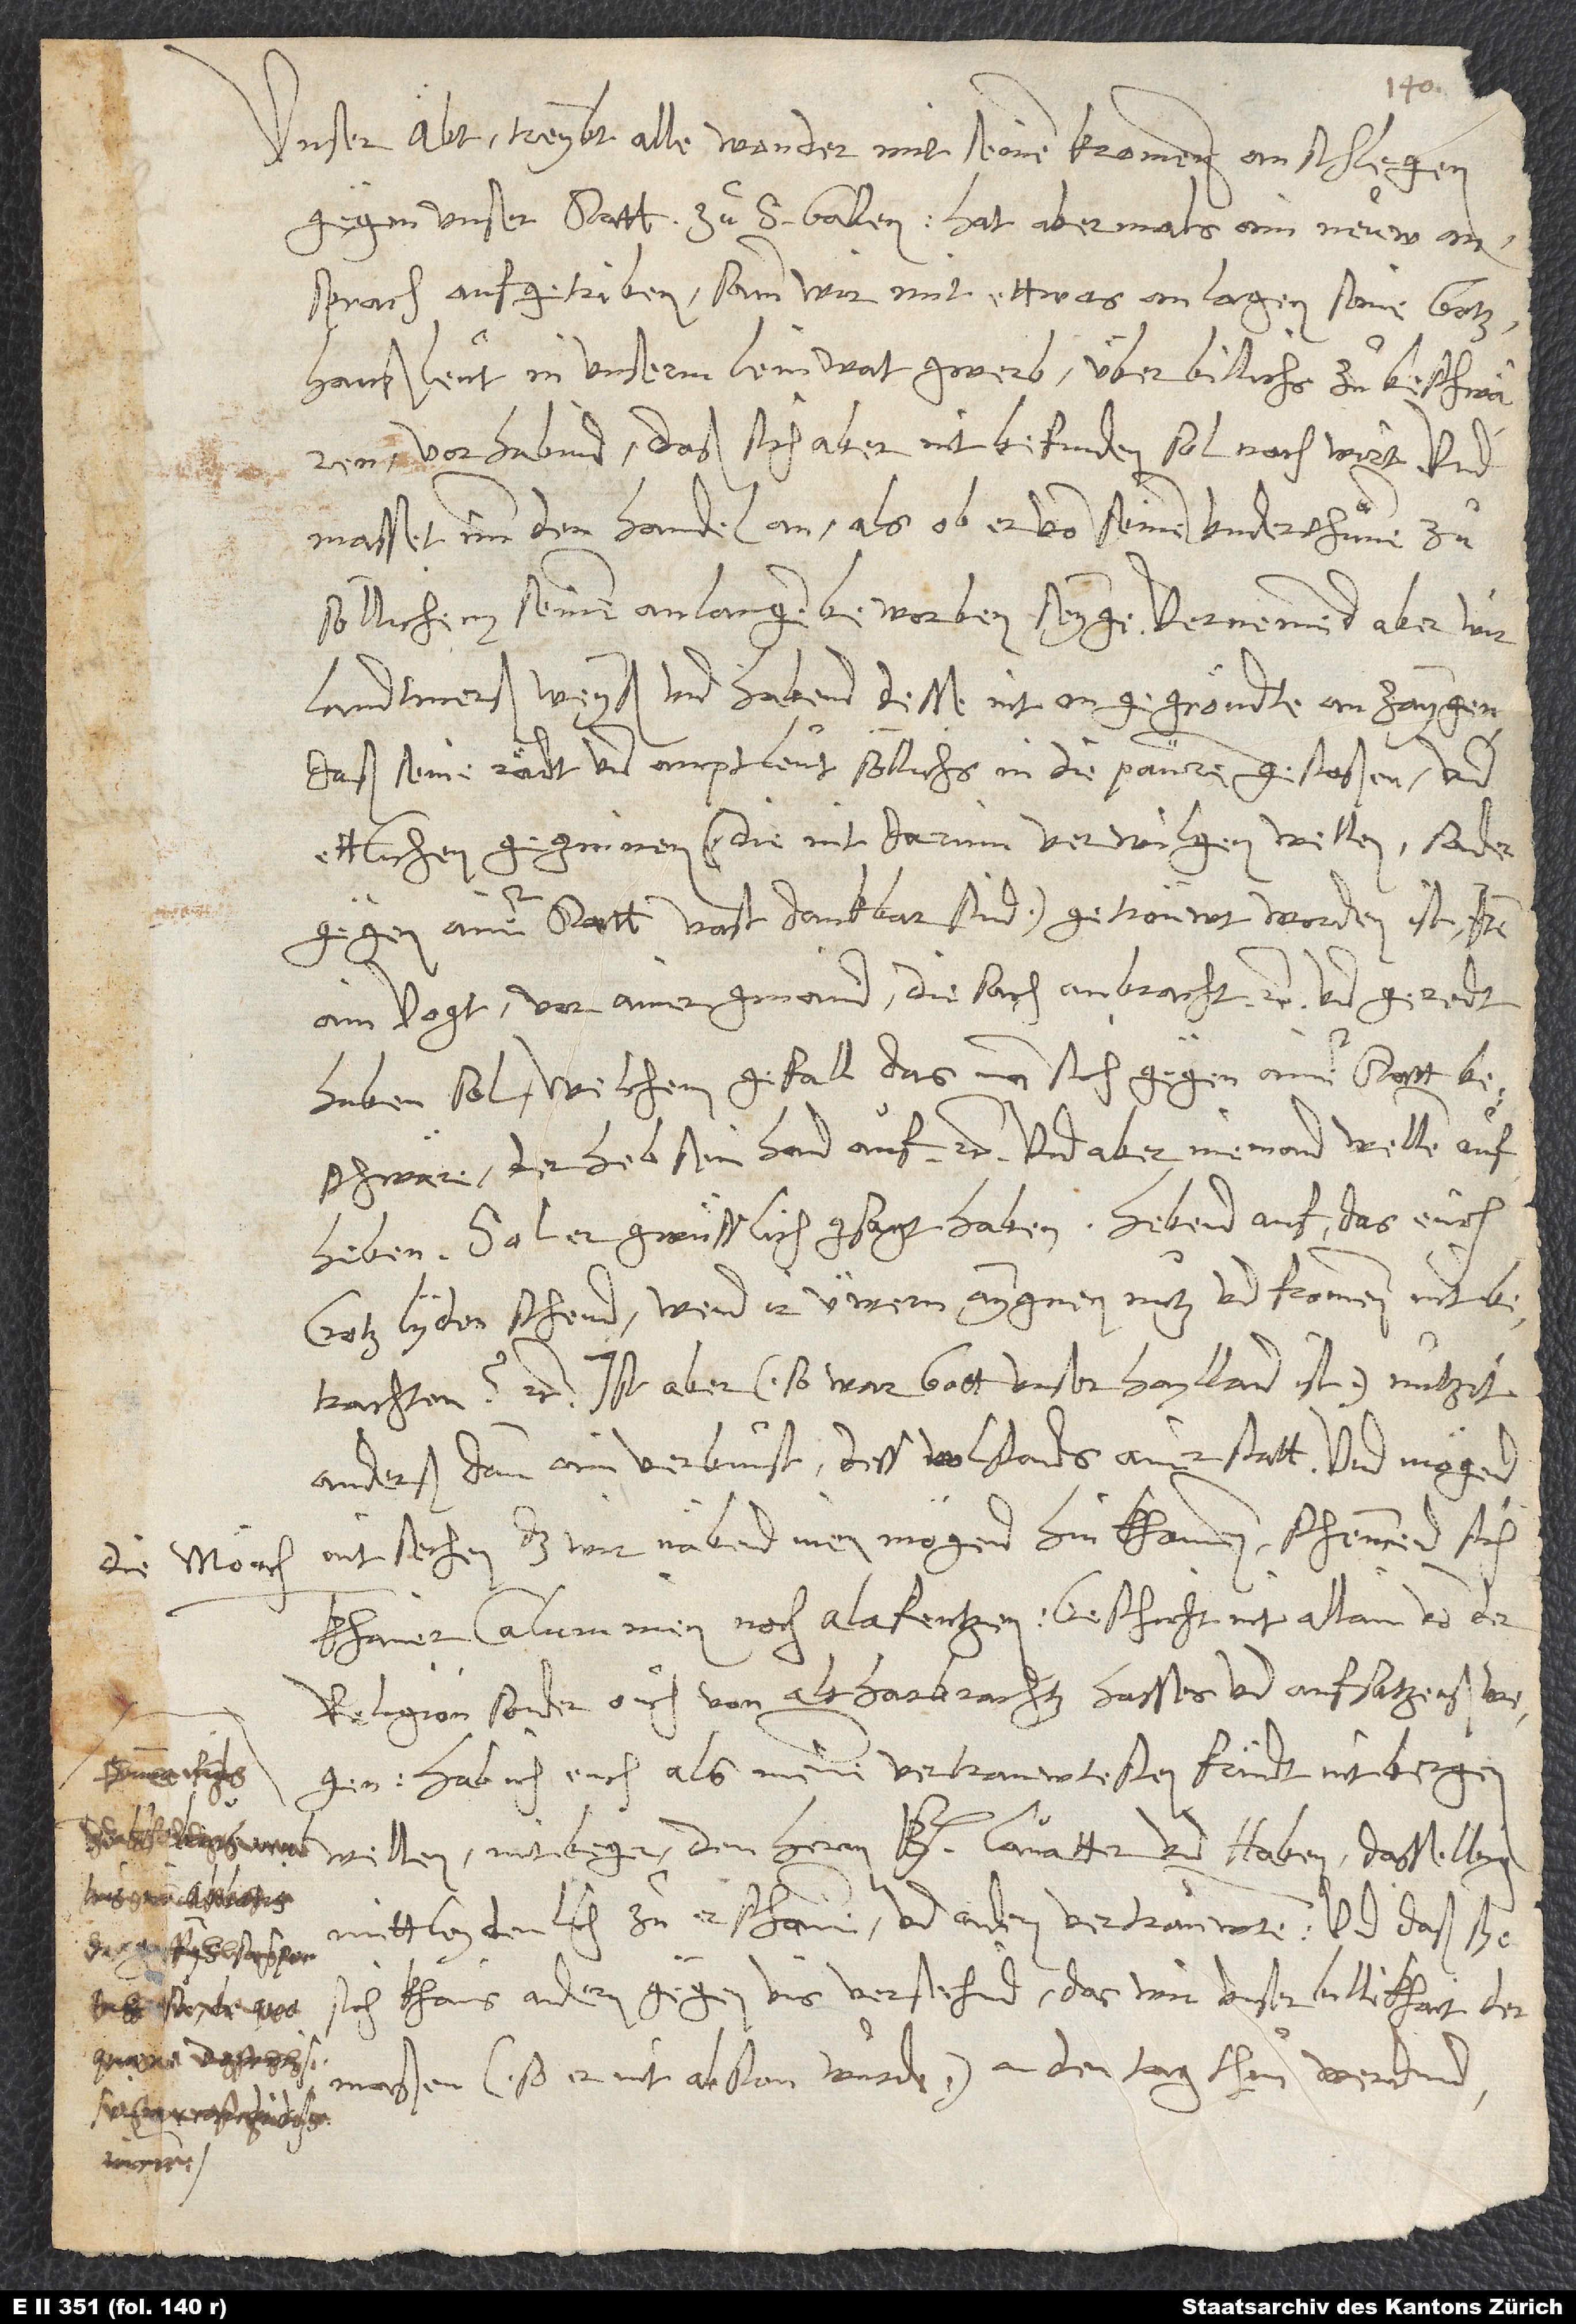
die mönch

Unser abt treybt alle wonder mit seinen krommen anschlegen
gegen unser statt zuͦ S. Gallen. Hat abermals ain neuw
ansprach aufgetriben, sam wir mit ettwas anlagen seine
gotzhaußleut in unserm leimvatgewerb über billichs zuͦ beschwären
vorhabind, daß sich aber nit befinden sol noch wirt, und
masset imm den handel an, als ob er von seinen underthuͦnen zuͦ
söllichem seinem anlangen beworben seyge. Vernemend aber wir
landtmerßweyß und habend desse nit ongegröndte anzaygen,
daß seine rädt und amptleut söllichs in die pauren gestoßen und
ettlichen gegninen (die nit darinn verwilgen wellen, sonder
gegen ainer statt vast dankbar sind) getröuwt worden ist, item
ain vogt vor ainer gmaind die sach anbracht, etc., und geredt
haben sol: welchem gefall, das man sich gegen ainer statt
beschwäre, der heb sein hand auf, etc., und aber niemand wellen
aufheben, sol er gwüsslich gsagt haben: "Hebend auf, das euch
gotz lyden schend! Wend ir üwern aygnen nutz und frommen nit
betrachten?", etc. Ist aber (so war gott unser haylland ist) nützit
anderß dann ain verbunst des wolstands ainer statt, und mögend
nit sechen, das wir näbend inen mögend hinkhommen, schemmend sich
khainer calumnien noch alafentzen. Geschicht nit allain von der
religion, sonder ouch von alt harbrachtz hasses und aufsatzeß
Hab ich euch als meinem vertrauwtesten fründt nit bergen
dermaßen (so er nit abston wurde) an den tag thuͦn werdind,